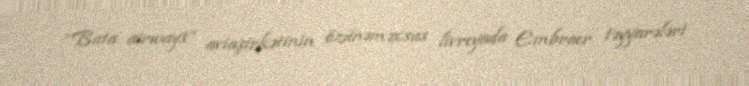
“Buta airways” aviaşirkətinin özünəməxsus livreyada Embraer təyyarələri